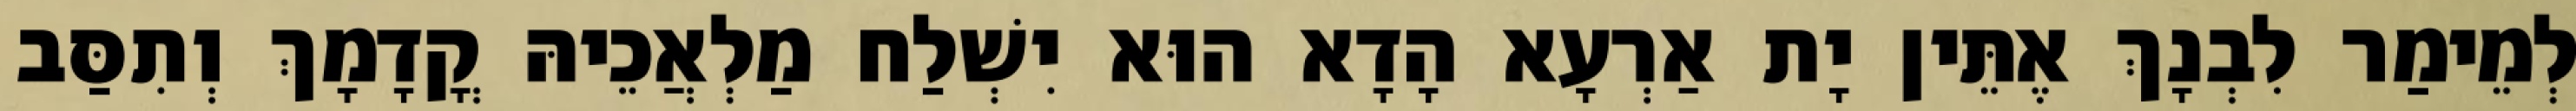
לְמֵימַר לִבְנָךְ אֶתֵּין יָת אַרְעָא הָדָא הוּא יִשְׁלַח מַלְאֲכֵיהּ קֳדָמָךְ וְתִסַּב